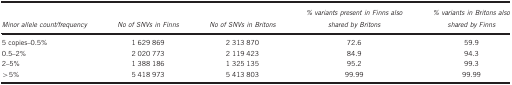
<table><thead><tr><td><b><i>Minor allele count/frequency</i></b></td><td><b><i>No of SNVs in Finns</i></b></td><td><b><i>No of SNVs in Britons</i></b></td><td><b><i>% variants present in Finns also shared by Britons</i></b></td><td><b><i>% variants in Britons also shared by Finns</i></b></td></tr></thead><tbody><tr><td>5 copies–0.5%</td><td>1 629 869</td><td>2 313 870</td><td>72.6</td><td>59.9</td></tr><tr><td>0.5–2%</td><td>2 020 773</td><td>2 119 423</td><td>84.9</td><td>94.3</td></tr><tr><td>2–5%</td><td>1 388 186</td><td>1 325 135</td><td>95.2</td><td>99.3</td></tr><tr><td>&gt;5%</td><td>5 418 973</td><td>5 413 803</td><td>99.99</td><td>99.99</td></tr></tbody></table>